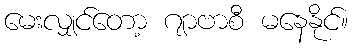
မေးလျှင်တော့ ဂျာဗာစီ မနေနိုင်။